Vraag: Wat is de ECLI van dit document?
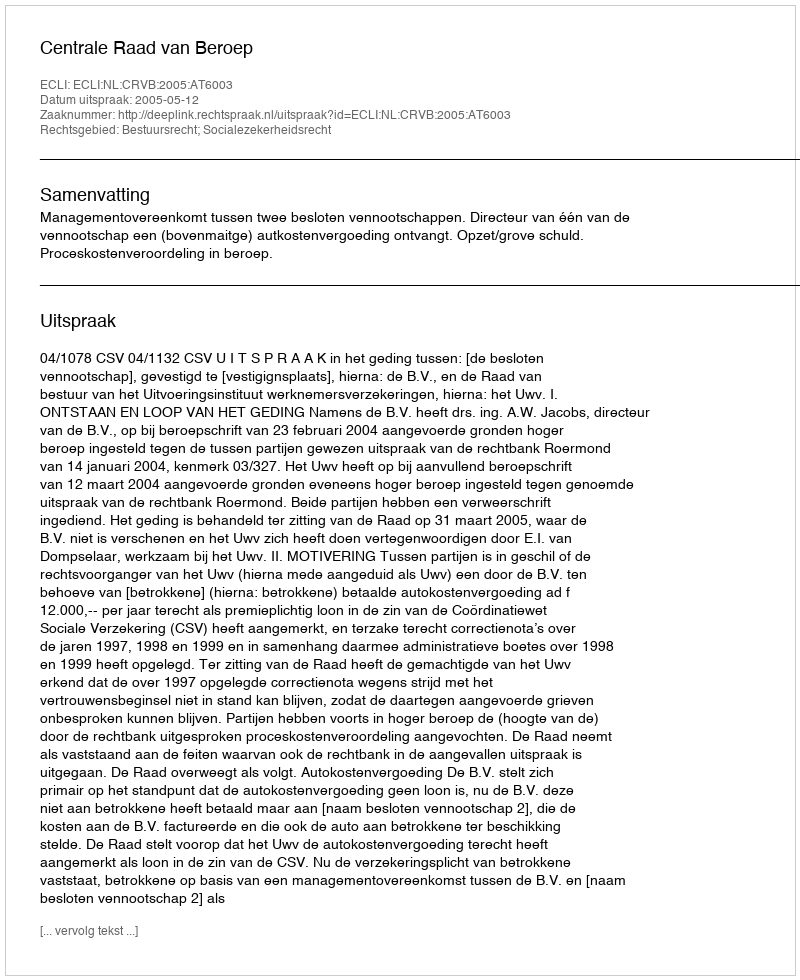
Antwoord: ECLI:NL:CRVB:2005:AT6003